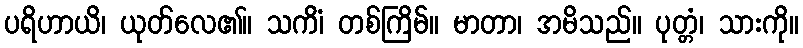
ပရိဟာယိ၊ ယုတ်လေ၏။ သကိံ၊ တစ်ကြိမ်။ မာတာ၊ အမိသည်။ ပုတ္တံ၊ သားကို။